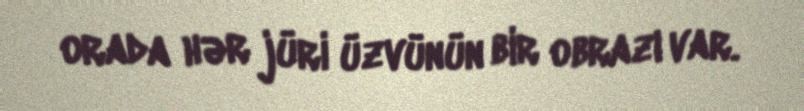
orada hər jüri üzvünün bir obrazı var.